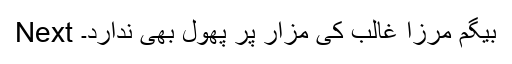
Next بیگم مرزا غالب کی مزار پر پھول بھی ندارد۔